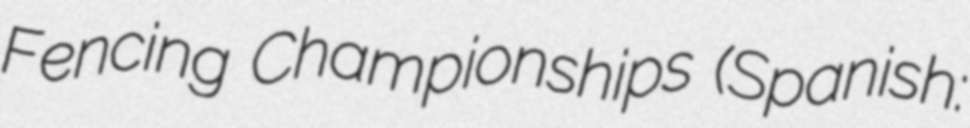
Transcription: Fencing Championships (Spanish: